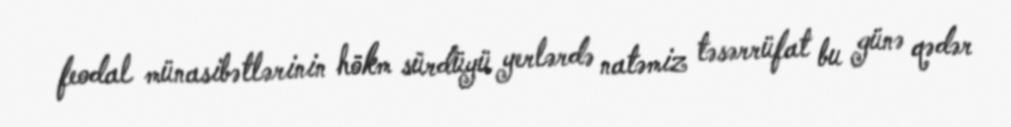
feodal münasibətlərinin hökm sürdüyü yerlərdə natəmiz təsərrüfat bu günə qədər